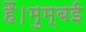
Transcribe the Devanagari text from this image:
हैं।मुम्बई